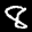
Label: 8